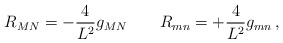
\begin{align*}{ R_{MN} = - \frac{4}{L^2} g_{MN} \qquad R_{mn} = + \frac{4}{L^2} g_{mn} \, ,}\end{align*}